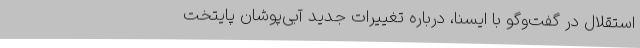
استقلال در گفت‌وگو با ایسنا،‌ درباره تغییرات جدید آبی‌پوشان پایتخت